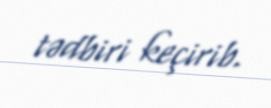
tədbiri keçirib.